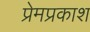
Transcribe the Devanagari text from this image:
प्रेमप्रकाश